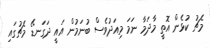
މެޗު ކުޅެން އޮތީ މާދަމާ ނަމަ މިއަދުވެސް ބުނަމުން އައީ ދަގަނޑޭ މެޗުގައި